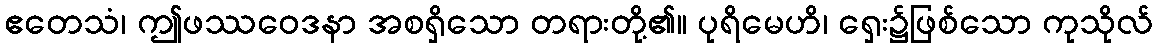
ဧတေသံ၊ ဤဖဿဝေဒနာ အစရှိသော တရားတို့၏။ ပုရိမေဟိ၊ ရှေး၌ဖြစ်သော ကုသိုလ်